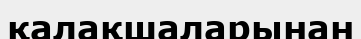
қалақшаларынан